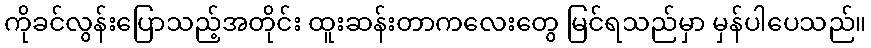
ကိုခင်လွန်းပြောသည့်အတိုင်း ထူးဆန်းတာကလေးတွေ မြင်ရသည်မှာ မှန်ပါပေသည်။